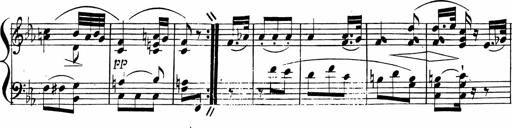
Title: 2 Piano Sonatinas
Composer: Ferdinand Ries